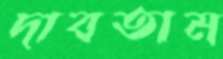
দাবতাম